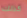
كذلك